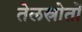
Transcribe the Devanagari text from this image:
तेलस्रोतों